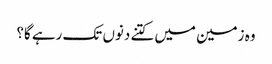
وہ زمین میں کتنے دنوں تک رہے گا؟